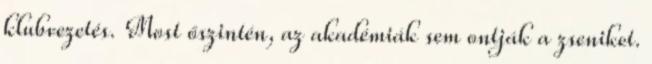
klubvezetés. Most őszintén, az akadémiák sem ontják a zseniket.